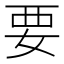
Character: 要